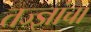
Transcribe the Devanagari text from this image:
तज्‍ज्ञांचा